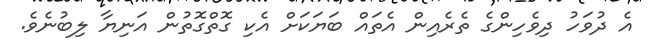
އެ ދުވަހު ދިވެހިންގެ ތެރެއިން އެތައް ބަޔަކަށް އެކި ގޮތްގޮތުން އަނިޔާ ލިބުނެވެ.